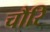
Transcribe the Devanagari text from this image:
चौरि